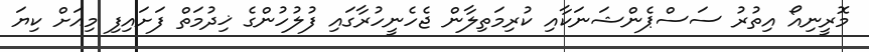
މޮރީނިއޯ އިތުރު ސަސްޕެންޝަނަކާއި ކުރިމަތިލާން ޖެހެނީހުރާގައި ފުލުހުންގެ ޚިދުމަތް ފަށައިފި މިއަށް ކިޔަ